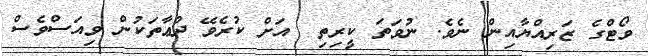
ވޯޓްގެ ޒަރިއްޔާއިން ނެވެ. ނުވަތަ ކީރިތި  އަށް ކުރެވޭ ދުޢާތަކުން ވިއަސްވެސް